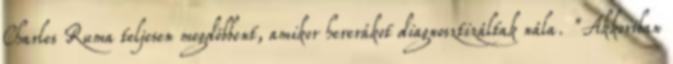
Charles Ruma teljesen megdöbbent, amikor hererákot diagnosztizáltak nála. "Akkoriban